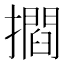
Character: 𭢶